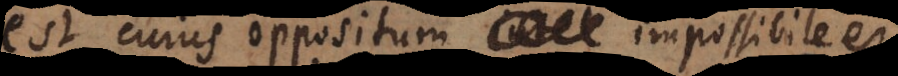
est cujus oppositum possibile est.